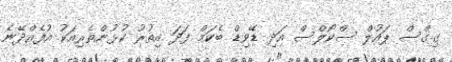
ގިގްސް ޕައުލް ސްކޯލްސް އަދި ޑޭވިޑް ބެކަމް ފަދަ އިތުރު ކުޅުންތެރިއަކު އުފެއްދޭނެ